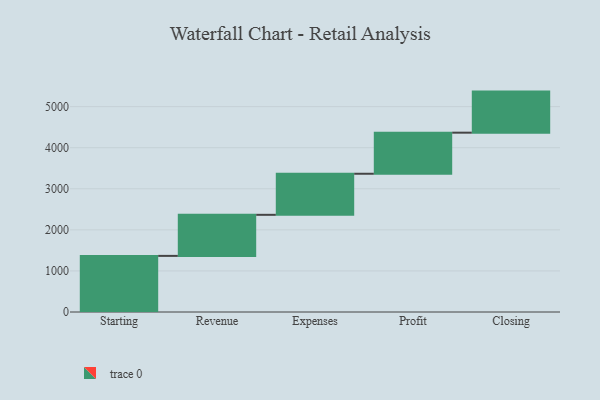
{"axis": {"x": "Step", "y": "Value"}, "legend": [""], "data": [{"x": "Starting", "y": 1366.0, "type": ""}, {"x": "Revenue", "y": 1000, "type": ""}, {"x": "Expenses", "y": 1000, "type": ""}, {"x": "Profit", "y": 1000, "type": ""}, {"x": "Closing", "y": 1000, "type": ""}]}